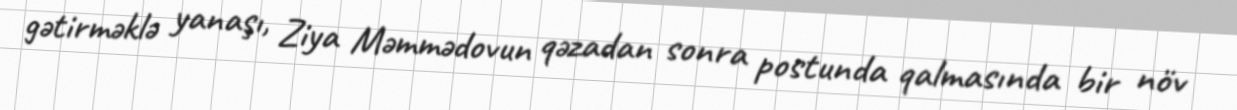
gətirməklə yanaşı, Ziya Məmmədovun qəzadan sonra postunda qalmasında bir növ